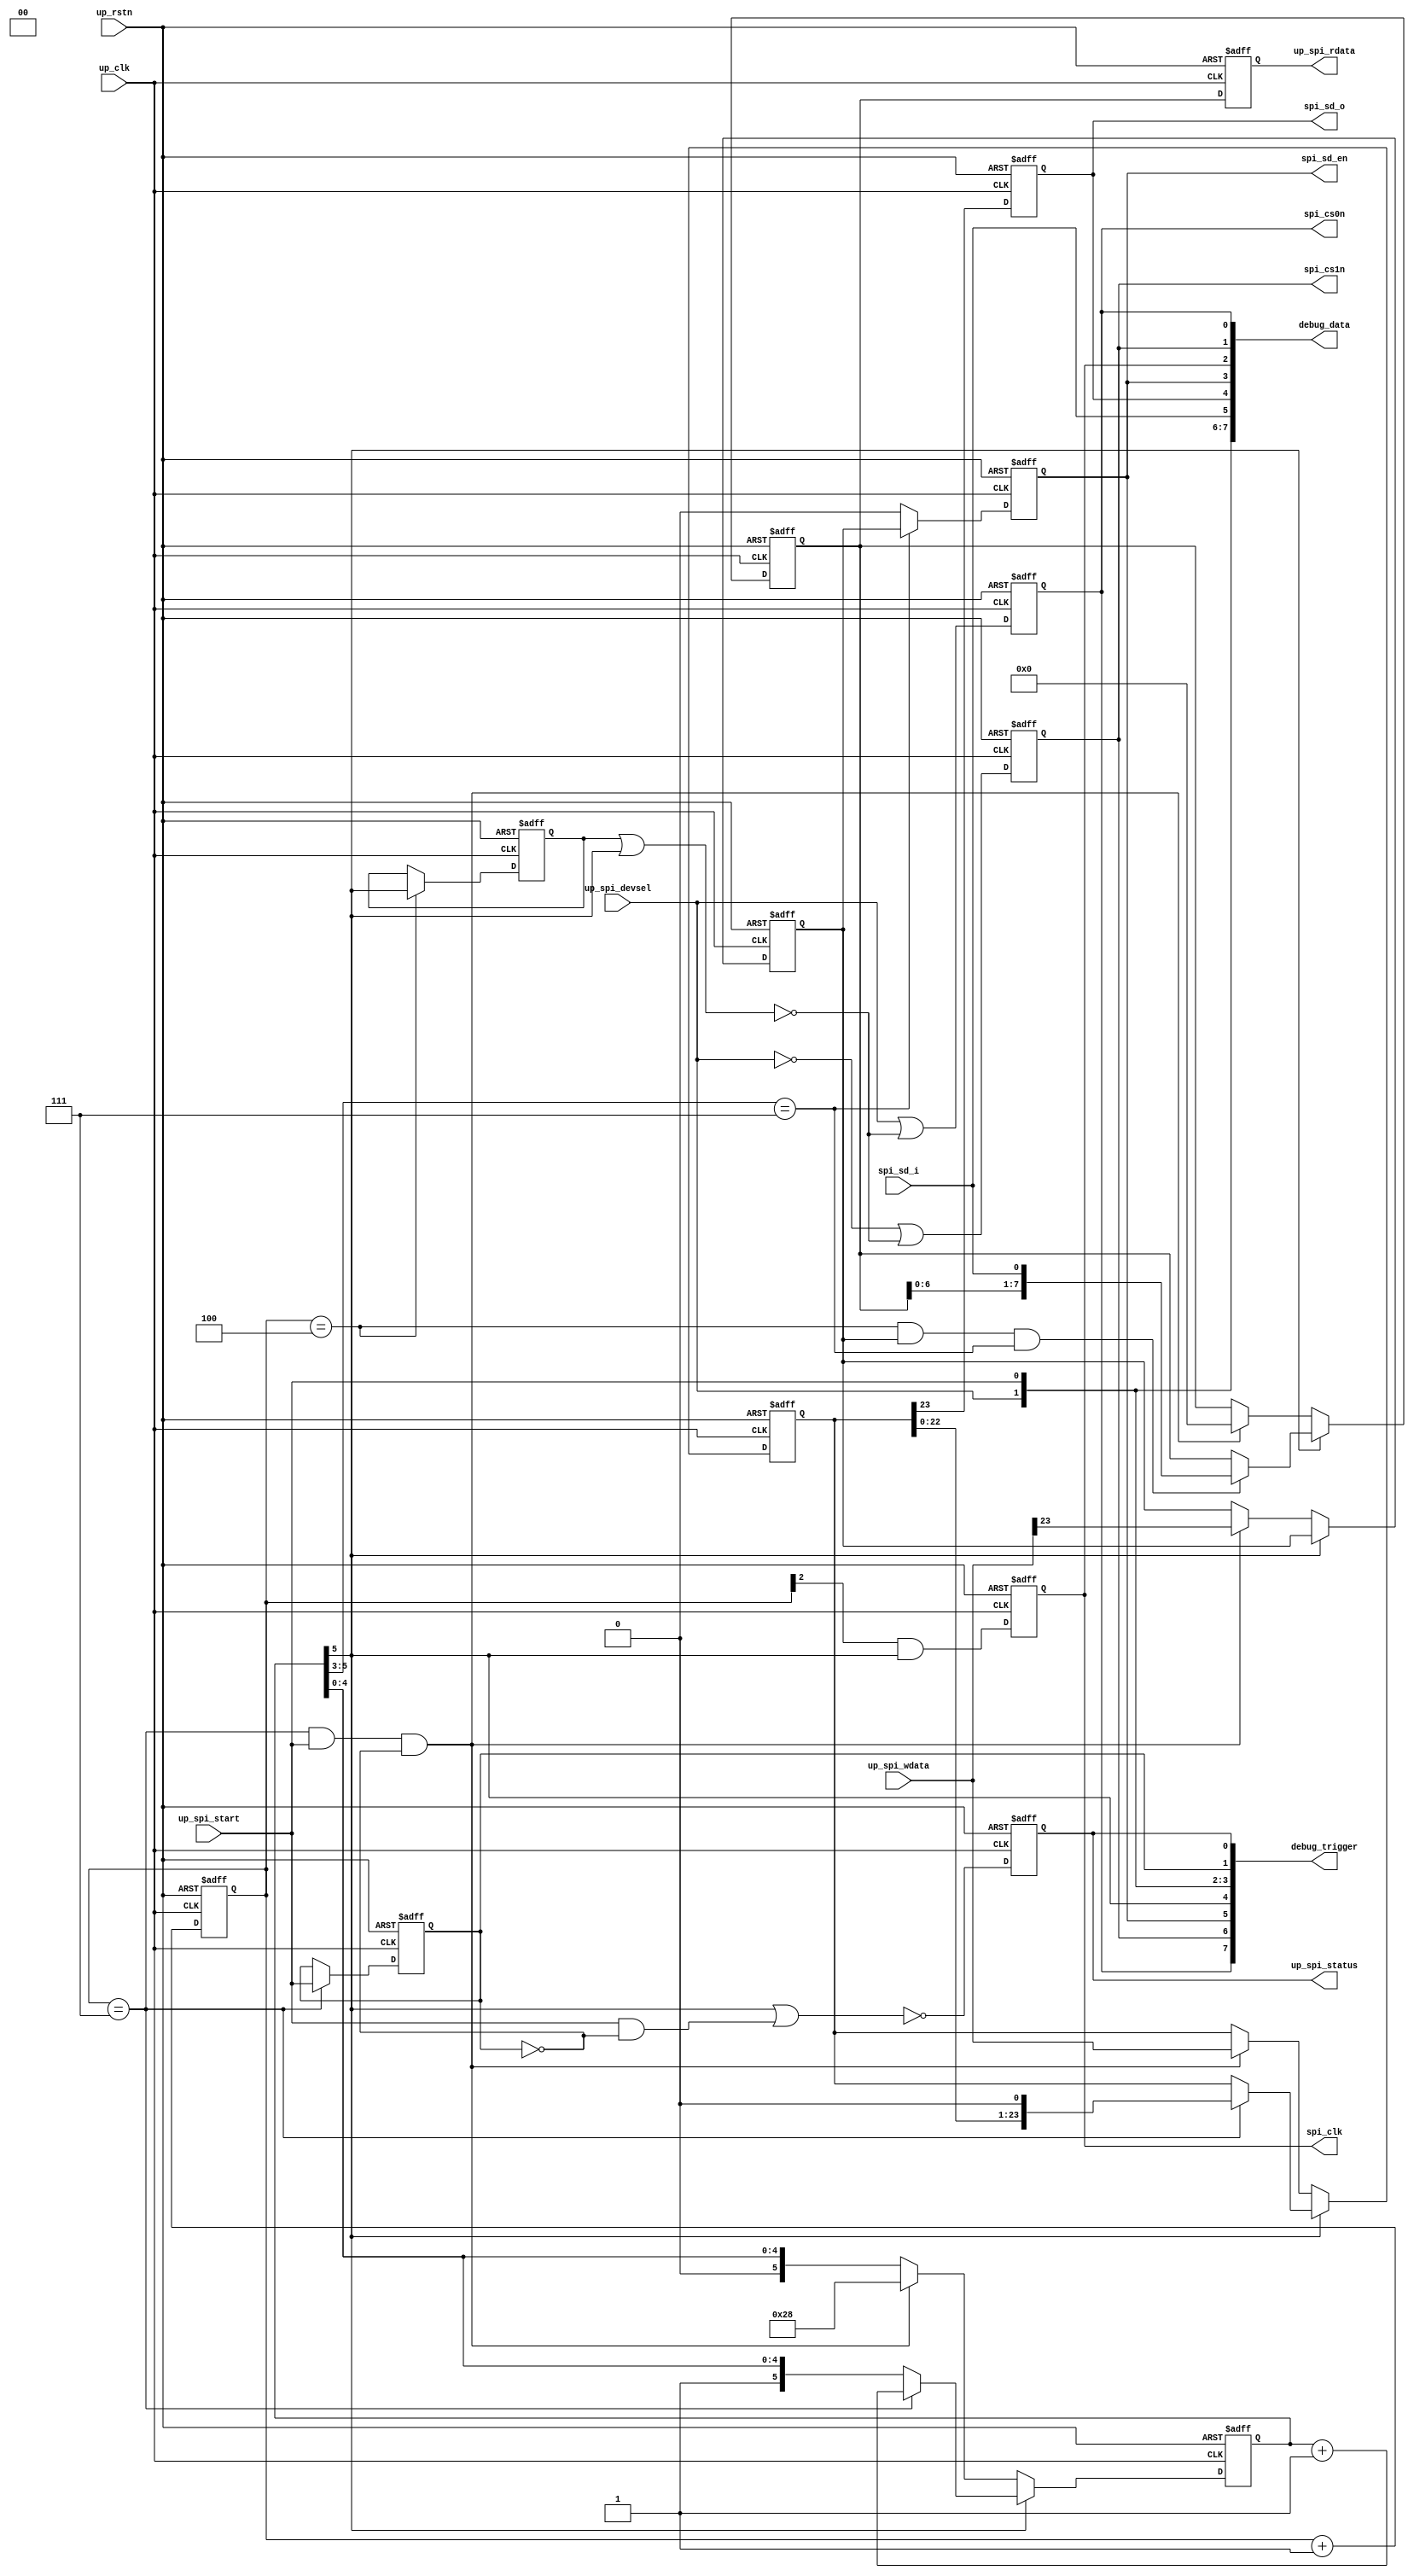
module cf_spi (

  spi_cs0n,
  spi_cs1n,
  spi_clk,
  spi_sd_en,
  spi_sd_o,
  spi_sd_i,

  up_rstn,
  up_clk,
  up_spi_start,
  up_spi_devsel,
  up_spi_wdata,
  up_spi_rdata,
  up_spi_status,

  debug_data,
  debug_trigger);

  output          spi_cs0n;
  output          spi_cs1n;
  output          spi_clk;
  output          spi_sd_en;
  output          spi_sd_o;
  input           spi_sd_i;

  input           up_rstn;
  input           up_clk;
  input           up_spi_start;
  input           up_spi_devsel;
  input   [23:0]  up_spi_wdata;
  output  [ 7:0]  up_spi_rdata;
  output          up_spi_status;

  output  [63:0]  debug_data;
  output  [ 7:0]  debug_trigger;

  reg             spi_cs0n;
  reg             spi_cs1n;
  reg             spi_clk;
  reg             spi_sd_en;
  reg             spi_sd_o;
  reg             spi_count_5_d;
  reg     [ 2:0]  spi_clk_count;
  reg     [ 5:0]  spi_count;
  reg             spi_rwn;
  reg     [23:0]  spi_data_out;
  reg     [ 7:0]  spi_data_in;
  reg             up_spi_start_d;
  reg             up_spi_status;
  reg     [ 7:0]  up_spi_rdata;

  wire            spi_cs_en_s;

  assign debug_trigger[7] = spi_cs0n;
  assign debug_trigger[6] = spi_cs1n;
  assign debug_trigger[5] = spi_sd_en;
  assign debug_trigger[4] = spi_count[5];
  assign debug_trigger[3] = up_spi_devsel;
  assign debug_trigger[2] = up_spi_start;
  assign debug_trigger[1] = up_spi_start_d;
  assign debug_trigger[0] = up_spi_status;

  assign debug_data[63:62] = 'd0;
  assign debug_data[61:61] = spi_cs_en_s;
  assign debug_data[60:60] = up_spi_start_d;
  assign debug_data[59:52] = up_spi_rdata;
  assign debug_data[51:44] = spi_data_in;
  assign debug_data[43:20] = spi_data_out;
  assign debug_data[19:19] = spi_rwn;
  assign debug_data[18:18] = spi_count_5_d;
  assign debug_data[17:12] = spi_count;
  assign debug_data[11: 9] = spi_clk_count;
  assign debug_data[ 8: 8] = up_spi_status;
  assign debug_data[ 7: 7] = up_spi_devsel;
  assign debug_data[ 6: 6] = up_spi_start;
  assign debug_data[ 5: 5] = spi_sd_i;
  assign debug_data[ 4: 4] = spi_sd_o;
  assign debug_data[ 3: 3] = spi_sd_en;
  assign debug_data[ 2: 2] = spi_clk;
  assign debug_data[ 1: 1] = spi_cs1n;
  assign debug_data[ 0: 0] = spi_cs0n;

  assign spi_cs_en_s = spi_count_5_d | spi_count[5];

  always @(negedge up_rstn or posedge up_clk) begin
    if (up_rstn == 0) begin
      spi_cs0n <= 'd1;
      spi_cs1n <= 'd1;
      spi_clk <= 'd0;
      spi_sd_en <= 'd0;
      spi_sd_o <= 'd0;
      spi_count_5_d <= 'd0;
      spi_clk_count <= 'd0;
      spi_count <= 'd0;
      spi_rwn <= 'd0;
      spi_data_out <= 'd0;
      spi_data_in <= 'd0;
      up_spi_start_d <= 'd0;
      up_spi_status <= 'd0;
      up_spi_rdata <= 'd0;
    end else begin
      spi_cs0n <= up_spi_devsel | (~spi_cs_en_s);
      spi_cs1n <= (~up_spi_devsel) | (~spi_cs_en_s);
      spi_clk <= spi_clk_count[2] & spi_count[5];
      spi_sd_en <= (spi_count[5:3] == 3'b111) ? spi_rwn : 1'b0;
      spi_sd_o <= spi_data_out[23];
      if (spi_clk_count == 3'b100) begin
        spi_count_5_d <= spi_count[5];
      end
      spi_clk_count <= spi_clk_count + 1'b1;
      if (spi_count[5] == 1'b1) begin
        if (spi_clk_count == 3'b111) begin
          spi_count <= spi_count + 1'b1;
        end
        spi_rwn <= spi_rwn;
        if (spi_clk_count == 3'b111) begin
          spi_data_out <= {spi_data_out[22:0], 1'b0};
        end
        if ((spi_clk_count == 3'b100) && (spi_rwn == 1'b1) && (spi_count[5:3] == 3'b111)) begin
          spi_data_in <= {spi_data_in[6:0], spi_sd_i};
        end
      end else if ((spi_clk_count == 3'b111) && (up_spi_start == 1'b1) &&
        (up_spi_start_d == 1'b0)) begin
        spi_count <= 6'h28;
        spi_rwn <= up_spi_wdata[23];
        spi_data_out <= up_spi_wdata;
        spi_data_in <= 8'd0;
      end
      if (spi_clk_count == 3'b111) begin
        up_spi_start_d <= up_spi_start;
      end
      up_spi_status <= ~(spi_count[5] | (up_spi_start & ~up_spi_start_d));
      up_spi_rdata <= spi_data_in;
    end
  end

endmodule